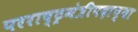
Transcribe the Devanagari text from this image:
परराष्ट्रमंत्रीपदाच्या